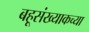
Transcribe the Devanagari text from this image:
बहूसंख्याकच्या